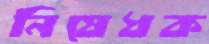
নিষেধক